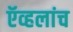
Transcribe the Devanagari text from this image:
ऍव्हलांच